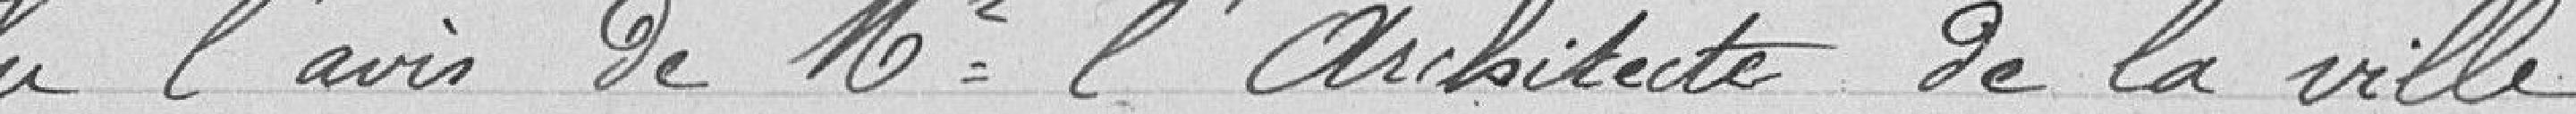
vu l’avis de monsieur l’architecte de la ville,